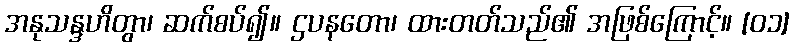
အနုသန္ဒဟိတွာ၊ ဆက်စပ်၍။ ဌပနတော၊ ထားတတ်သည်၏ အဖြစ်ကြောင့်။ [၀၁]